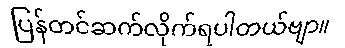
ပြန်တင်ဆက်လိုက်ရပါတယ်ဗျာ။